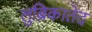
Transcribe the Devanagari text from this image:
लुब्रिकातेद